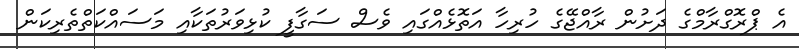
އެ ޕްރޮގްރާމްގެ ދަށުން ރާއްޖޭގެ ހުރިހާ އަތޮޅެއްގައި ވެސް ސަގާފީ ކުޅިވަރުތަކާއި މަސައްކަތްތެރިކަން